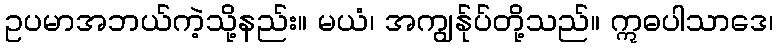
ဥပမာအဘယ်ကဲ့သို့နည်း။ မယံ၊ အကျွန်ုပ်တို့သည်။ ဣဓပါသာဒေ၊